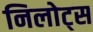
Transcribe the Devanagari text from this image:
निलोट्स